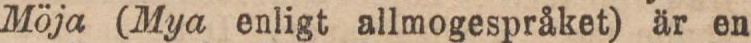
Möja (Mya enligt allmogespråket) är en